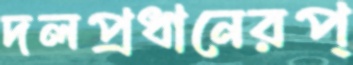
দলপ্রধানেরপ্